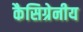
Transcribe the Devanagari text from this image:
कैसिग्रेनीय